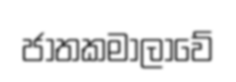
ජාතකමාලාවේ